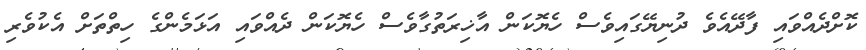
ކޮށްދެއްވައި ފާދޭއެވެ ދުނިޔޭގައިވެސް ހެޔޮކަން އާޚިރަތުގާވެސް ހެޔޮކަން ދެއްވައި އަޅަމެންގެ ހިތްތަށް އެކުވެރި